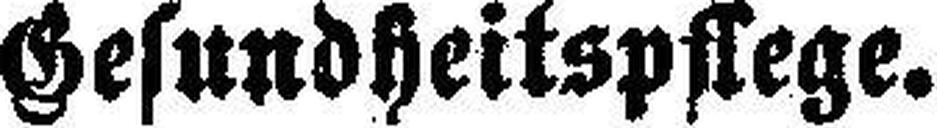
Gesundheitspflege.